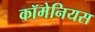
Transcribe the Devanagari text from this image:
कॉमेनियस